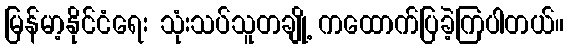
မြန်မာ့နိုင်ငံရေး သုံးသပ်သူတချို့ ကထောက်ပြခဲ့ကြပါတယ်။